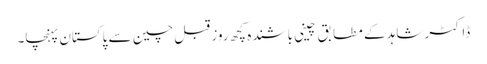
ڈاکٹر شاہد کے مطا بق چینی باشندہ کچھ روز قبل چین سے پاکستان پہنچا۔